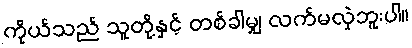
ကိုယ်သည် သူတို့နှင့် တစ်ခါမျှ လက်မလှဲဘူးပါ။